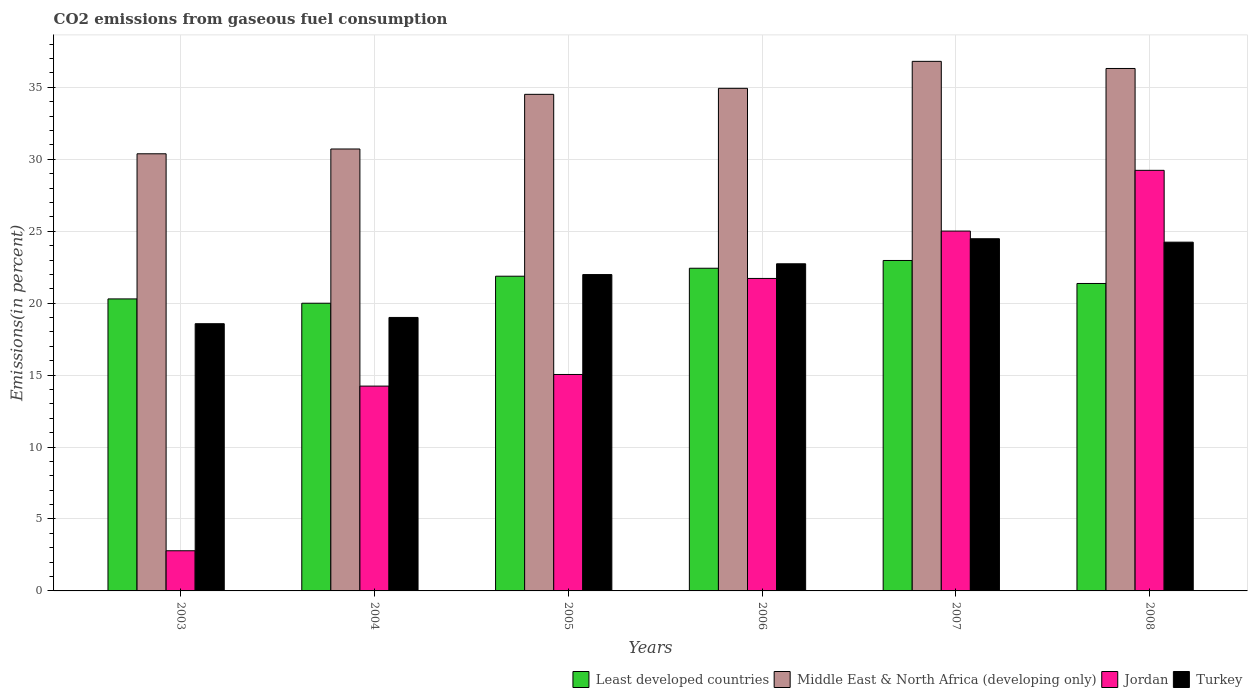
| Years | Least developed countries | Middle East & North Africa (developing only) | Jordan | Turkey |
 | --- | --- | --- | --- | --- |
 | 2003 | 20.3 | 30.4 | 2.79 | 18.6 |
 | 2004 | 20 | 30.7 | 14.2 | 19 |
 | 2005 | 21.9 | 34.5 | 15 | 22 |
 | 2006 | 22.4 | 34.9 | 21.7 | 22.7 |
 | 2007 | 23 | 36.8 | 25 | 24.5 |
 | 2008 | 21.4 | 36.3 | 29.2 | 24.2 |